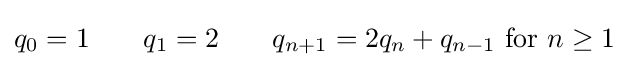
q_{0}=1\;\;\;\;\;\;\;q_{1}=2\;\;\;\;\;\;\;q_{n+1}=2q_{n}+q_{n-1}{\text{ for }}n\geq 1